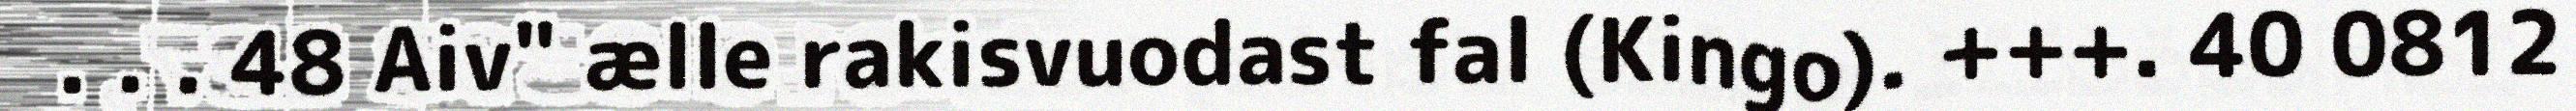
. . . 48 Aiv" ælle rakisvuodast fal (Kingo). +++. 40 0812